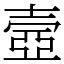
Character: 壼